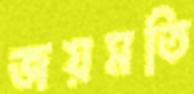
জয়মতি